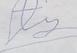
Signature authenticity: forged